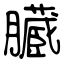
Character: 臓